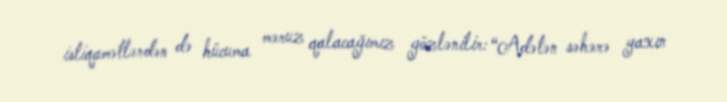
istiqamətlərdən də hücuma məruz qalacağımız gözlənilir: “Adətən səhərə yaxın